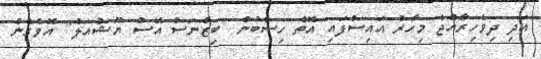
އަދި ދިވެހިރާއްޖެ މިހާރު އައިސްފައި އޮތް ހިސާބުން "ބިޒްނަސް އޭސް ޔޫޝުއަލް" އޮވެގެން